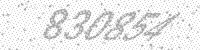
Solution: 830854